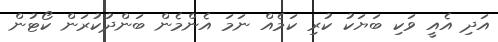
އަދި އެއީ ވަކި ބަޔަކު ކުރި ކަމެއް ނަމަ އެންމެން ބަންދުކުރަން ކޯޓުން